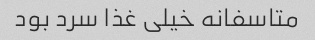
متاسفانه خیلی غذا سرد بود